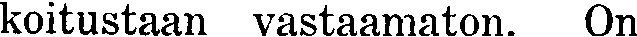
koitustaan vastaamaton. On